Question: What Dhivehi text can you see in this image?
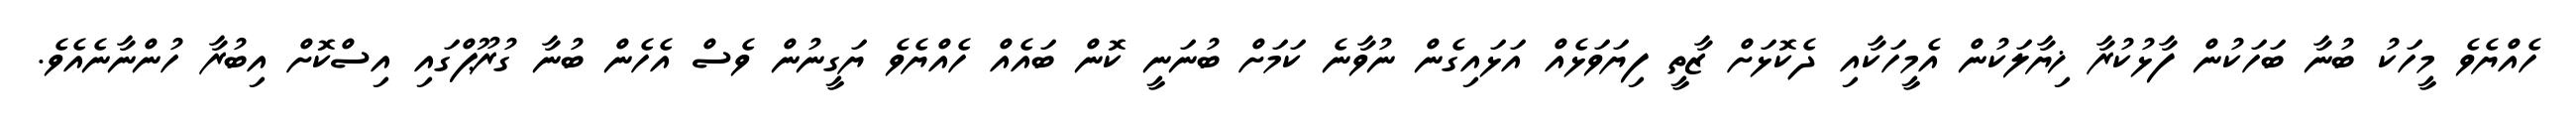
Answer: ހެއްޔެވެ މީހަކު ބުނާ ބަހަކުން ފާޅުކުރާ ޚިޔާލަކުން އެމީހަކާއި ދެކޮޅަށް ޒާތީ ފިޔަވަޅެއް އަޅައިގެން ނުވާނެ ކަމަށް ބުނަނީ ކޮން ބައެއް ހެއްޔެވެ ޔަގީނުން ވެސް އެހެން ބުނާ ގުރޫޕްގައި އިސްކޮށް އިބުރާ ހުންނާނެއެވެ.